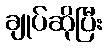
ချုပ်ဆိုပြီး